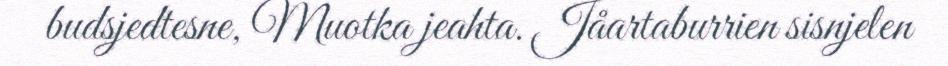
budsjedtesne, Muotka jeahta. Jåartaburrien sisnjelen